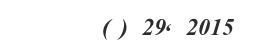
(@) 29